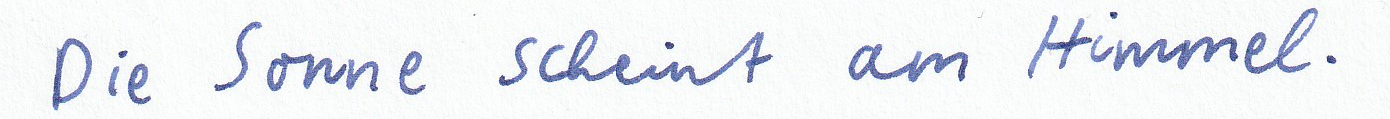
Die Sonne scheint am Himmel.